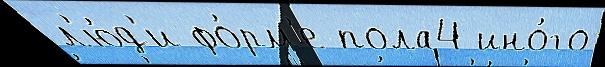
л'ю́д'и фо́рм'е пола4 ино́го